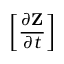
\left[ \frac { \partial { \mathbf Z } } { \partial t } \right]